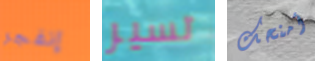
إنفجر تسير أمنحك